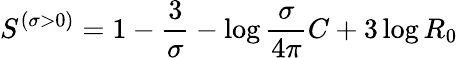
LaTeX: S^{\left({\sigma>0}\right)}=1-{\frac{3}{\sigma}}-\log{\frac{\sigma}{4\pi}}C+3\log R_{0}